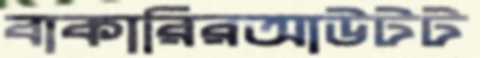
বাকারিরআউটট